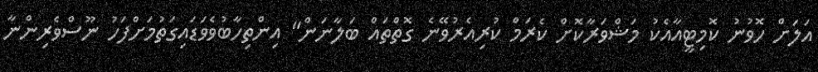
އަލަށް ހޮވުނު ކޮމިޓީއާއެކު މަޝްވަރާކޮށް ކެރަމް ކުރިއެރުވޭނެ ގޮތްތައް ބަލާނަން" އިންތިހާބުވެވަޑައިގަތުމަށްފަހު ނޫސްވެރިންނާ